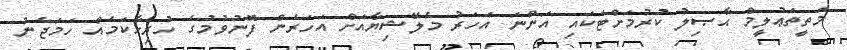
މަތީތަޢުލީމް ޙާޞިލު ކުރުމަށްޓަކައި އަންނަ އަހަރު މެލޭޝިޔާއަށް އަހަރެން ފޮނުވުމުގެ ހުރިހާކަމެއް ހަމަޖެނު